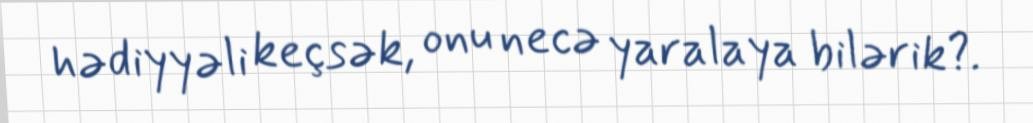
hədiyyəli keçsək, onu necə yaralaya bilərik?.